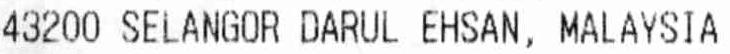
43200 SELANGOR DARUL EHSAN, MALAYSIA